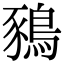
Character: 𪁥